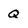
Character: Q